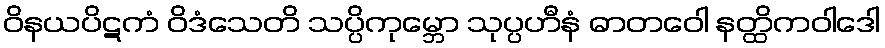
ဝိနယပိဋကံ ဝိဒံသေတိ သပ္ပိကုမ္ဘော သုပ္ပဟီနံ ဓာတဝေါ နတ္ထိကဝါဒေါ